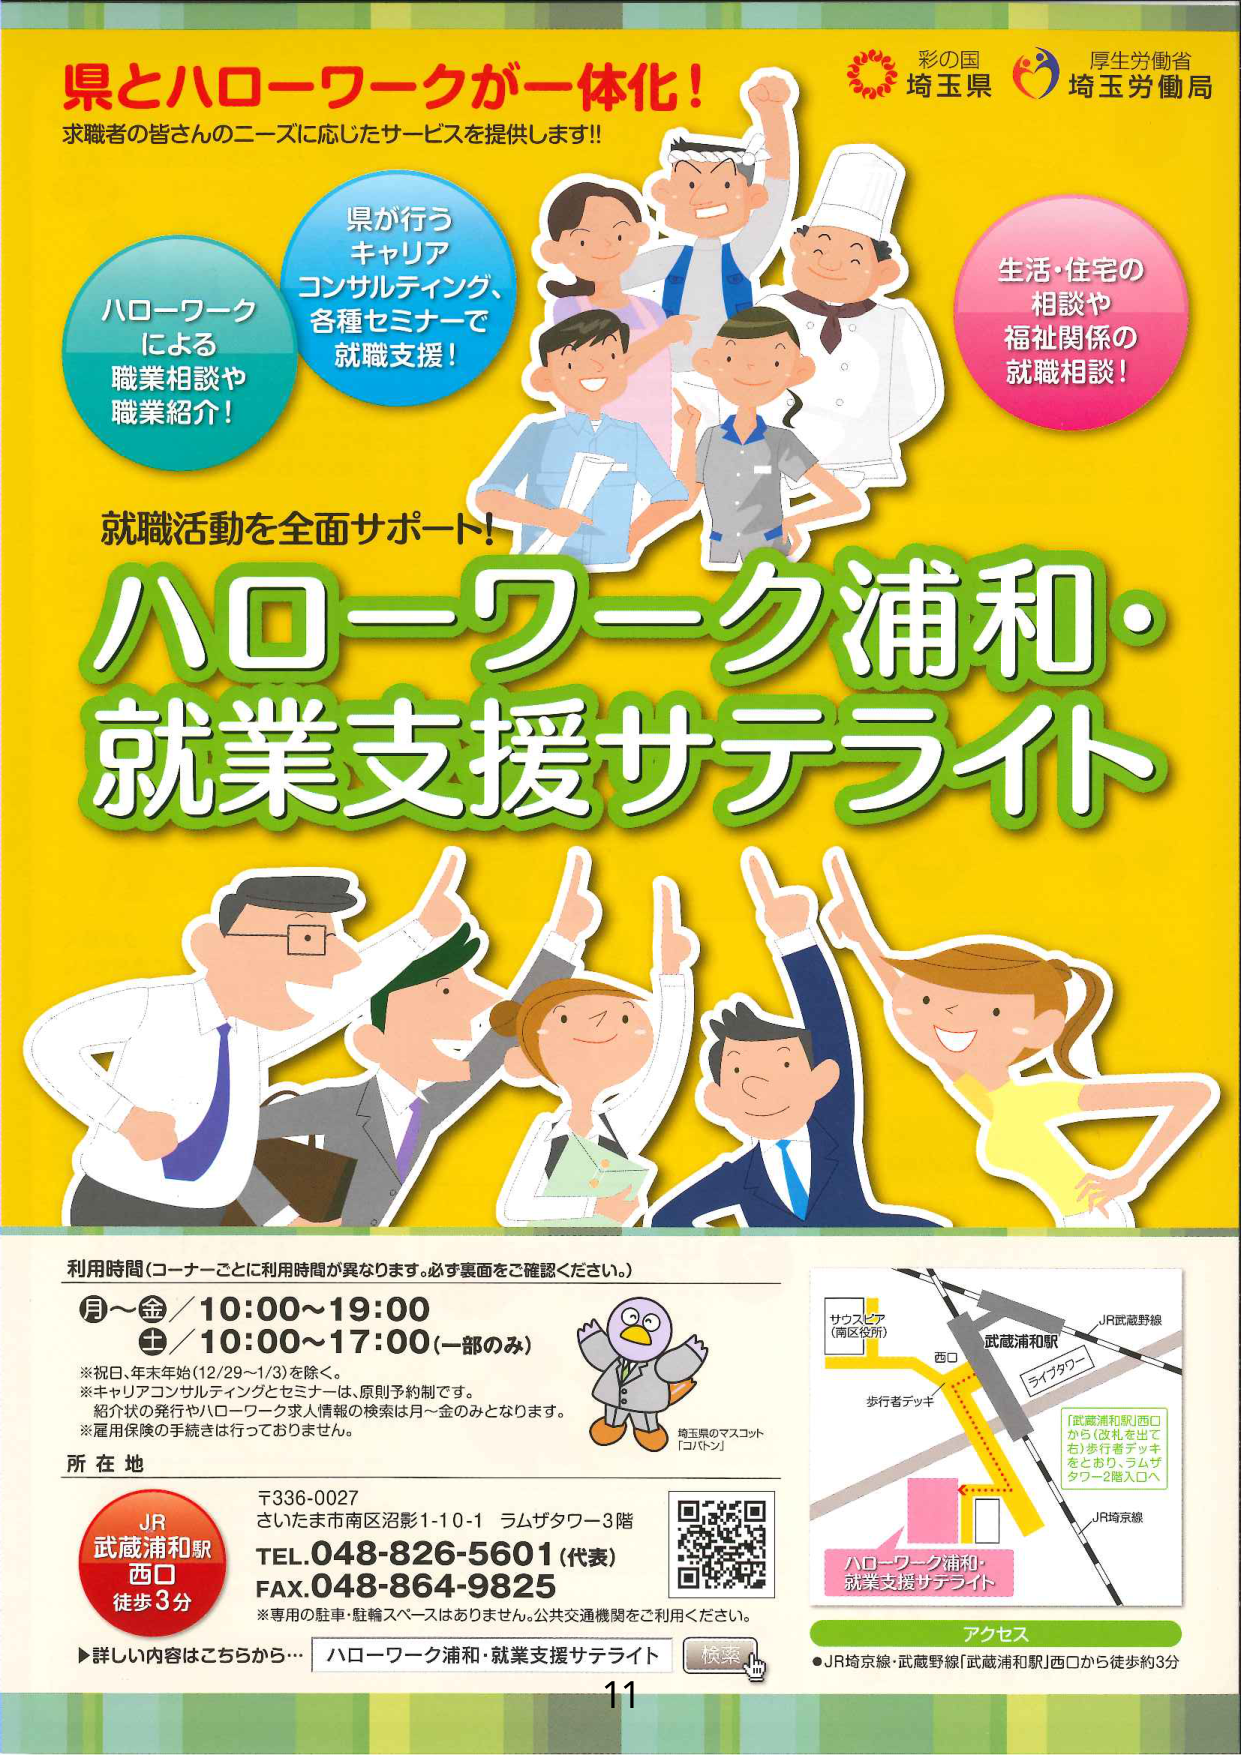
県とハローワークが一体化！
求職者の皆さんのニーズに応じたサービスを提供します!!

彩の国 埼玉県
厚生労働省 埼玉労働局

ハローワーク
による
職業相談や
職業紹介！

県が行う
キャリア
コンサルティング、
各種セミナーで
就職支援！

生活・住宅の
相談や
福祉関係の
就職相談！

就職活動を全面サポート！
ハローワーク浦和・
就業支援サテライト

利用時間（コーナーごとに利用時間が異なります。必ず裏面をご確認ください。）
月～金／10:00～19:00
土／10:00～17:00（一部のみ）

※祝日、年末年始（12/29～1/3）を除く。
※キャリアコンサルティングとセミナーは、原則予約制です。
※紹介状の発行やハローワーク求人情報の検索は月～金のみとなります。
※雇用保険の手続きは行っておりません。

所在地
〒336-0027
さいたま市南区沼影1-10-1 ラムザタワー3階
TEL.048-826-5601（代表）
FAX.048-864-9825

※専用の駐車・駐輪スペースはありません。公共交通機関をご利用ください。

JR
武蔵浦和駅
西口
徒歩3分

▶詳しい内容はこちらから… ハローワーク浦和・就業支援サテライト 検索

埼玉県のマスコット
「コバトン」

サススピア
（南区役所）
西口
武蔵浦和駅
ライザタワー
歩行者デッキ
JR武蔵野線
JR埼京線

「武蔵浦和駅」西口
から（改札を出て右）歩行者デッキ
をとおり、ラムザタワー2階入口へ

ハローワーク浦和・
就業支援サテライト

アクセス
●JR埼京線・武蔵野線「武蔵浦和駅」西口から徒歩約3分

11